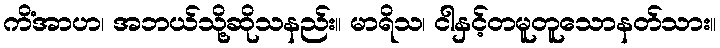
ကိံအာဟ၊ အဘယ်သို့ဆိုသနည်း။ မာရိသ၊ ငါနှင့်တမူတူသောနတ်သား။